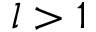
l > 1